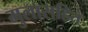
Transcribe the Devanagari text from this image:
मुलासहित